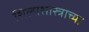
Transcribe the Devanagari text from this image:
शिल्पशास्त्राच्या